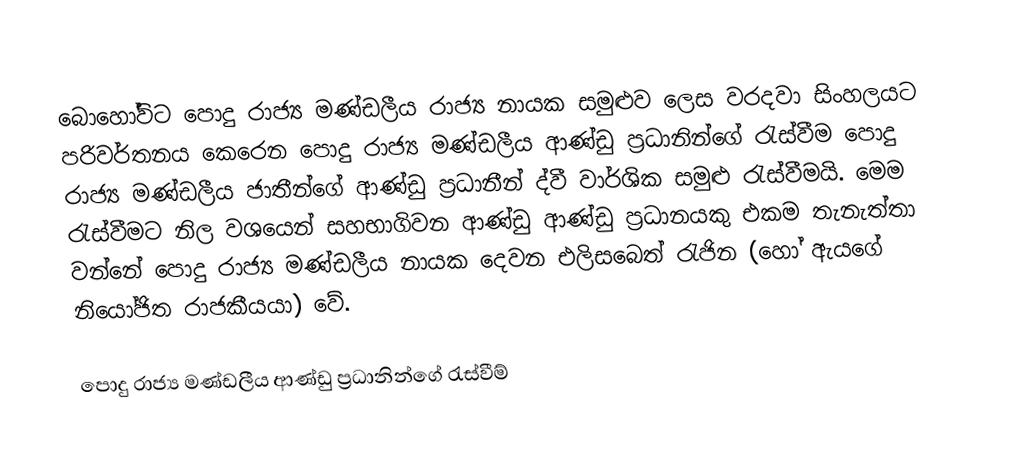
බොහෝවිට පොදු රාජ්‍ය මණ්ඩලීය රාජ්‍ය නායක සමුළුව ලෙස වරදවා සිංහලයට පරිවර්තනය කෙරෙන පොදු රාජ්‍ය මණ්ඩලීය ආණ්ඩු ප්‍රධානින්ගේ රැස්වීම පොදු රාජ්‍ය මණ්ඩලීය ජාතීන්ගේ ආණ්ඩු ප්‍රධානීන් ද්වී වාර්ශික සමුළු රැස්වීමයි. මෙම රැස්වීමට නිල වශයෙන් සහභාගිවන ආණ්ඩු ආණ්ඩු ප්‍රධානයකු එකම තැනැත්තා වන්නේ පොදු රාජ්‍ය මණ්ඩලීය නායක දෙවන එලිසබෙත් රැජින (හෝ ඇයගේ නියෝජිත රාජකීයයා) වේ.

පොදු රාජ්‍ය මණ්ඩලීය ආණ්ඩු ප්‍රධානින්ගේ රැස්වීම්